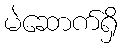
မဲဆောက်ရှိ